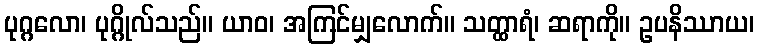
ပုဂ္ဂလော၊ ပုဂ္ဂိုလ်သည်။ ယာဝ၊ အကြင်မျှလောက်။ သတ္ထာရံ၊ ဆရာကို။ ဥပနိဿာယ၊